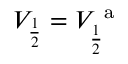
V _ { \frac { 1 } { 2 } } = V _ { \frac { 1 } { 2 } } ^ { \mathrm { ~ a ~ } }